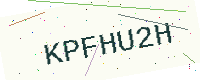
Text: KPFHU2H